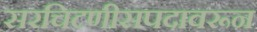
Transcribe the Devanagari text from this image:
सरचिटणीसपदावरून